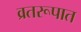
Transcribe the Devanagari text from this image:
व्रतरूपात